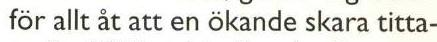
för allt åt att en ökande skara titta-